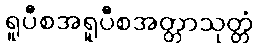
ရူပီစအရူပီစအတ္တာသုတ္တံ